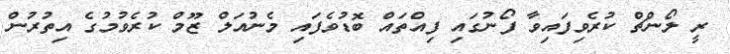
ރީ ލޯންޗް ކުރެވިފައިވާ ފޯނުގައި ފިއްތައް ބޮޑުވެފައި މެނުއަލް ޒޫމް ކުރެވުމުގެ އިތުރުން